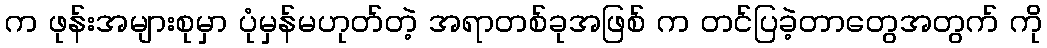
က ဖုန်းအများစုမှာ ပုံမှန်မဟုတ်တဲ့ အရာတစ်ခုအဖြစ် က တင်ပြခဲ့တာတွေအတွက် ကို